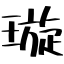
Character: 璇